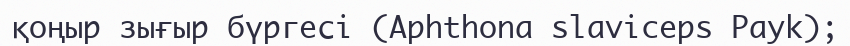
қоңыр зығыр бүргесі (Aphthona slavіceps Payk);